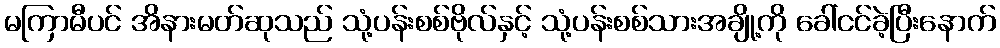
မကြာမီပင် အိနားမတ်ဆုသည် သုံ့ပန်းစစ်ဗိုလ်နှင့် သုံ့ပန်းစစ်သားအချို့ကို ခေါ်ငင်ခဲ့ပြီးနောက်